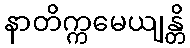
နာတိက္ကမေယျန္တိ